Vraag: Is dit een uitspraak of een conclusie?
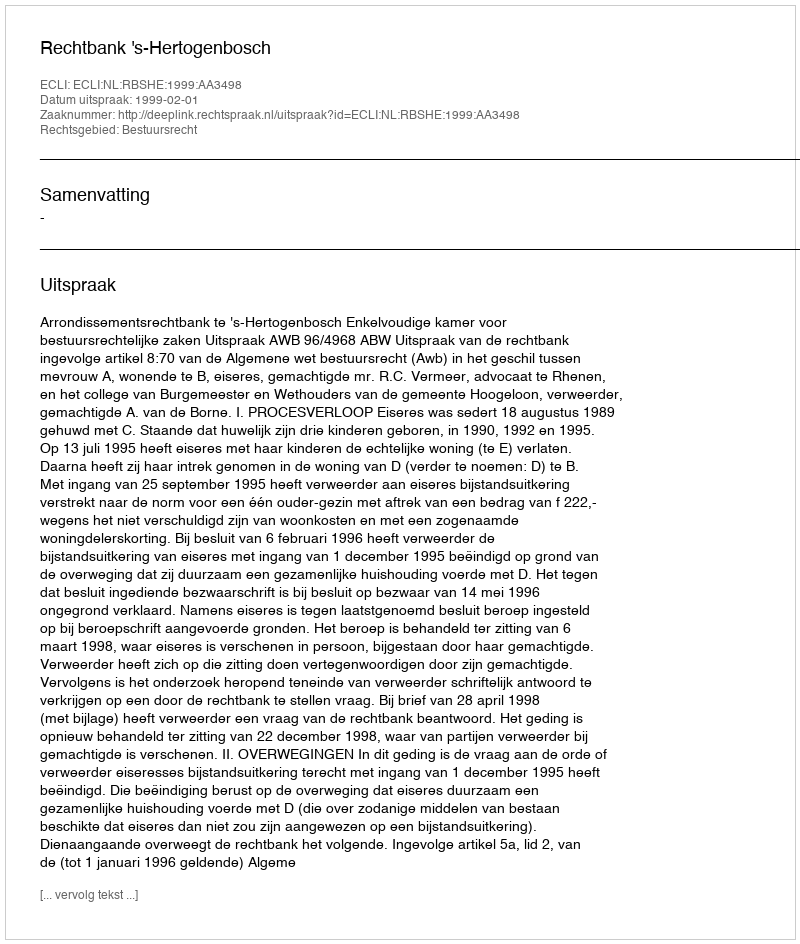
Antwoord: Uitspraak